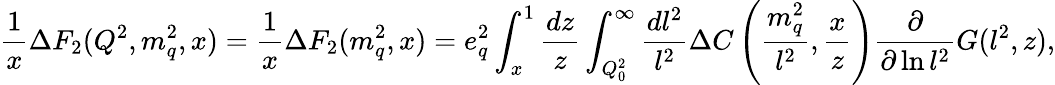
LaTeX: \frac{1}{x}\Delta F_{2}(Q^{2},m_{q}^{2},x)=\frac{1}{x}\Delta F_{2}(m_{q}^{2},x)=e_{q}^{2}\int_{x}^{1}\frac{dz}{z}\int_{Q_{0}^{2}}^{\infty}\frac{dl^{2}}{l^{2}}\Delta C\left(\frac{m_{q}^{2}}{l^{2}},\frac{x}{z}\right)\frac{\partial}{\partial\ln l^{2}}G(l^{2},z),